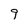
Character: 9